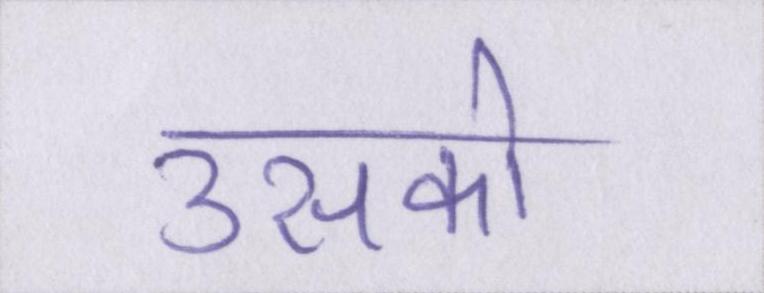
उसको